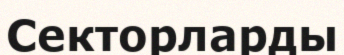
Секторларды